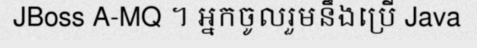
JBoss A-MQ ។ អ្នកចូលរួមនឹងប្រើ Java